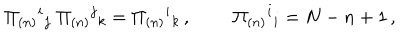
\Pi _ { ( n ) } { } ^ { i } { } _ { j } \; \Pi _ { ( n ) } { } ^ { j } { } _ { k } = \Pi _ { ( n ) } { } ^ { i } { } _ { k } \, , \; \; \Pi _ { ( n ) } { } ^ { i } { } _ { i } = N - n + 1 \, ,